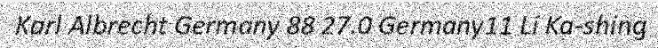
Karl Albrecht Germany 88 27.0 Germany11 Li Ka-shing